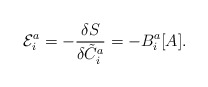
\begin{align*}{\cal E}_{i}^{a}=-\frac{\delta S}{\delta {\tilde C}_{i}^{a}}=-B_{i}^{a}[A].\end{align*}